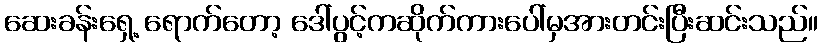
ဆေးခန်းရှေ့ ရောက်တော့ ဒေါ်ပွင့်ကဆိုက်ကားပေါ်မှအားတင်းပြီးဆင်းသည်။